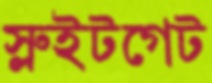
স্লুইটগেট